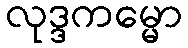
လုဒ္ဒကမ္မော